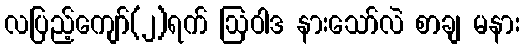
လပြည့်ကျော်(၂)ရက် ဩဝါဒ နားသော်လဲ စာချ မနား